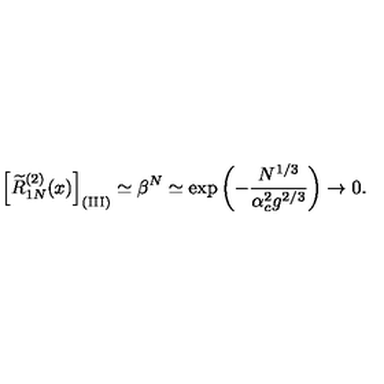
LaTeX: \left[ \widetilde R _ { 1 N } ^ { ( 2 ) } ( x ) \right] _ { \mathrm { ( I I I ) } } \simeq \beta ^ { N } \simeq \exp \left( - { \frac { N ^ { 1 / 3 } } { \alpha _ { c } ^ { 2 } g ^ { 2 / 3 } } } \right) \rightarrow 0 .